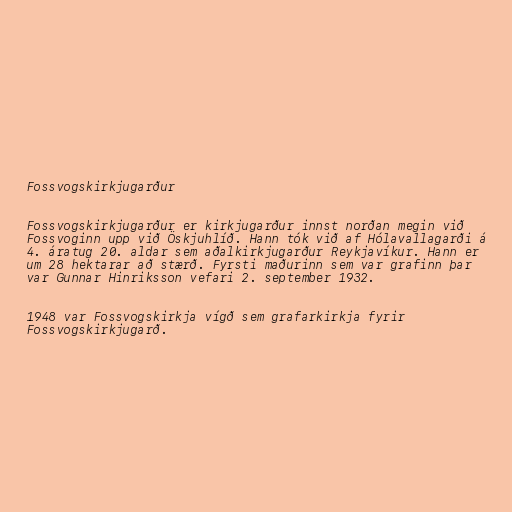
Fossvogskirkjugarður

Fossvogskirkjugarður er kirkjugarður innst norðan megin við
Fossvoginn upp við Öskjuhlíð. Hann tók við af Hólavallagarði á
4. áratug 20. aldar sem aðalkirkjugarður Reykjavíkur. Hann er
um 28 hektarar að stærð. Fyrsti maðurinn sem var grafinn þar
var Gunnar Hinriksson vefari 2. september 1932.

1948 var Fossvogskirkja vígð sem grafarkirkja fyrir
Fossvogskirkjugarð.